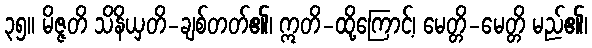
၃၅။ မိဇ္ဇတိ သိနိယှတိ-ချစ်တတ်၏၊ ဣတိ-ထို့ကြောင့်၊ မေတ္တိ-မေတ္တိ မည်၏၊